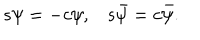
LaTeX: \begin{matrix} { { s \psi = - c \psi , } } & { { s \bar { \psi } = c \bar { \psi } . } } \\ \end{matrix}